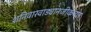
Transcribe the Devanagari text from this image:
शनिवारवाड्यानजीकच्या